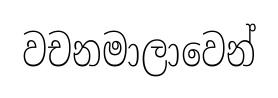
වචනමාලාවෙන්